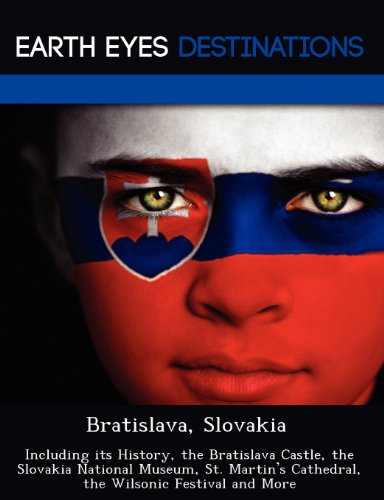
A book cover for Bratislava, Slovakia: Including its History, the Bratislava Castle, the Slovakia National Museum, St. Martin's Cathedral, the Wilsonic Festival and More; Sandra Wilkins; Travel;